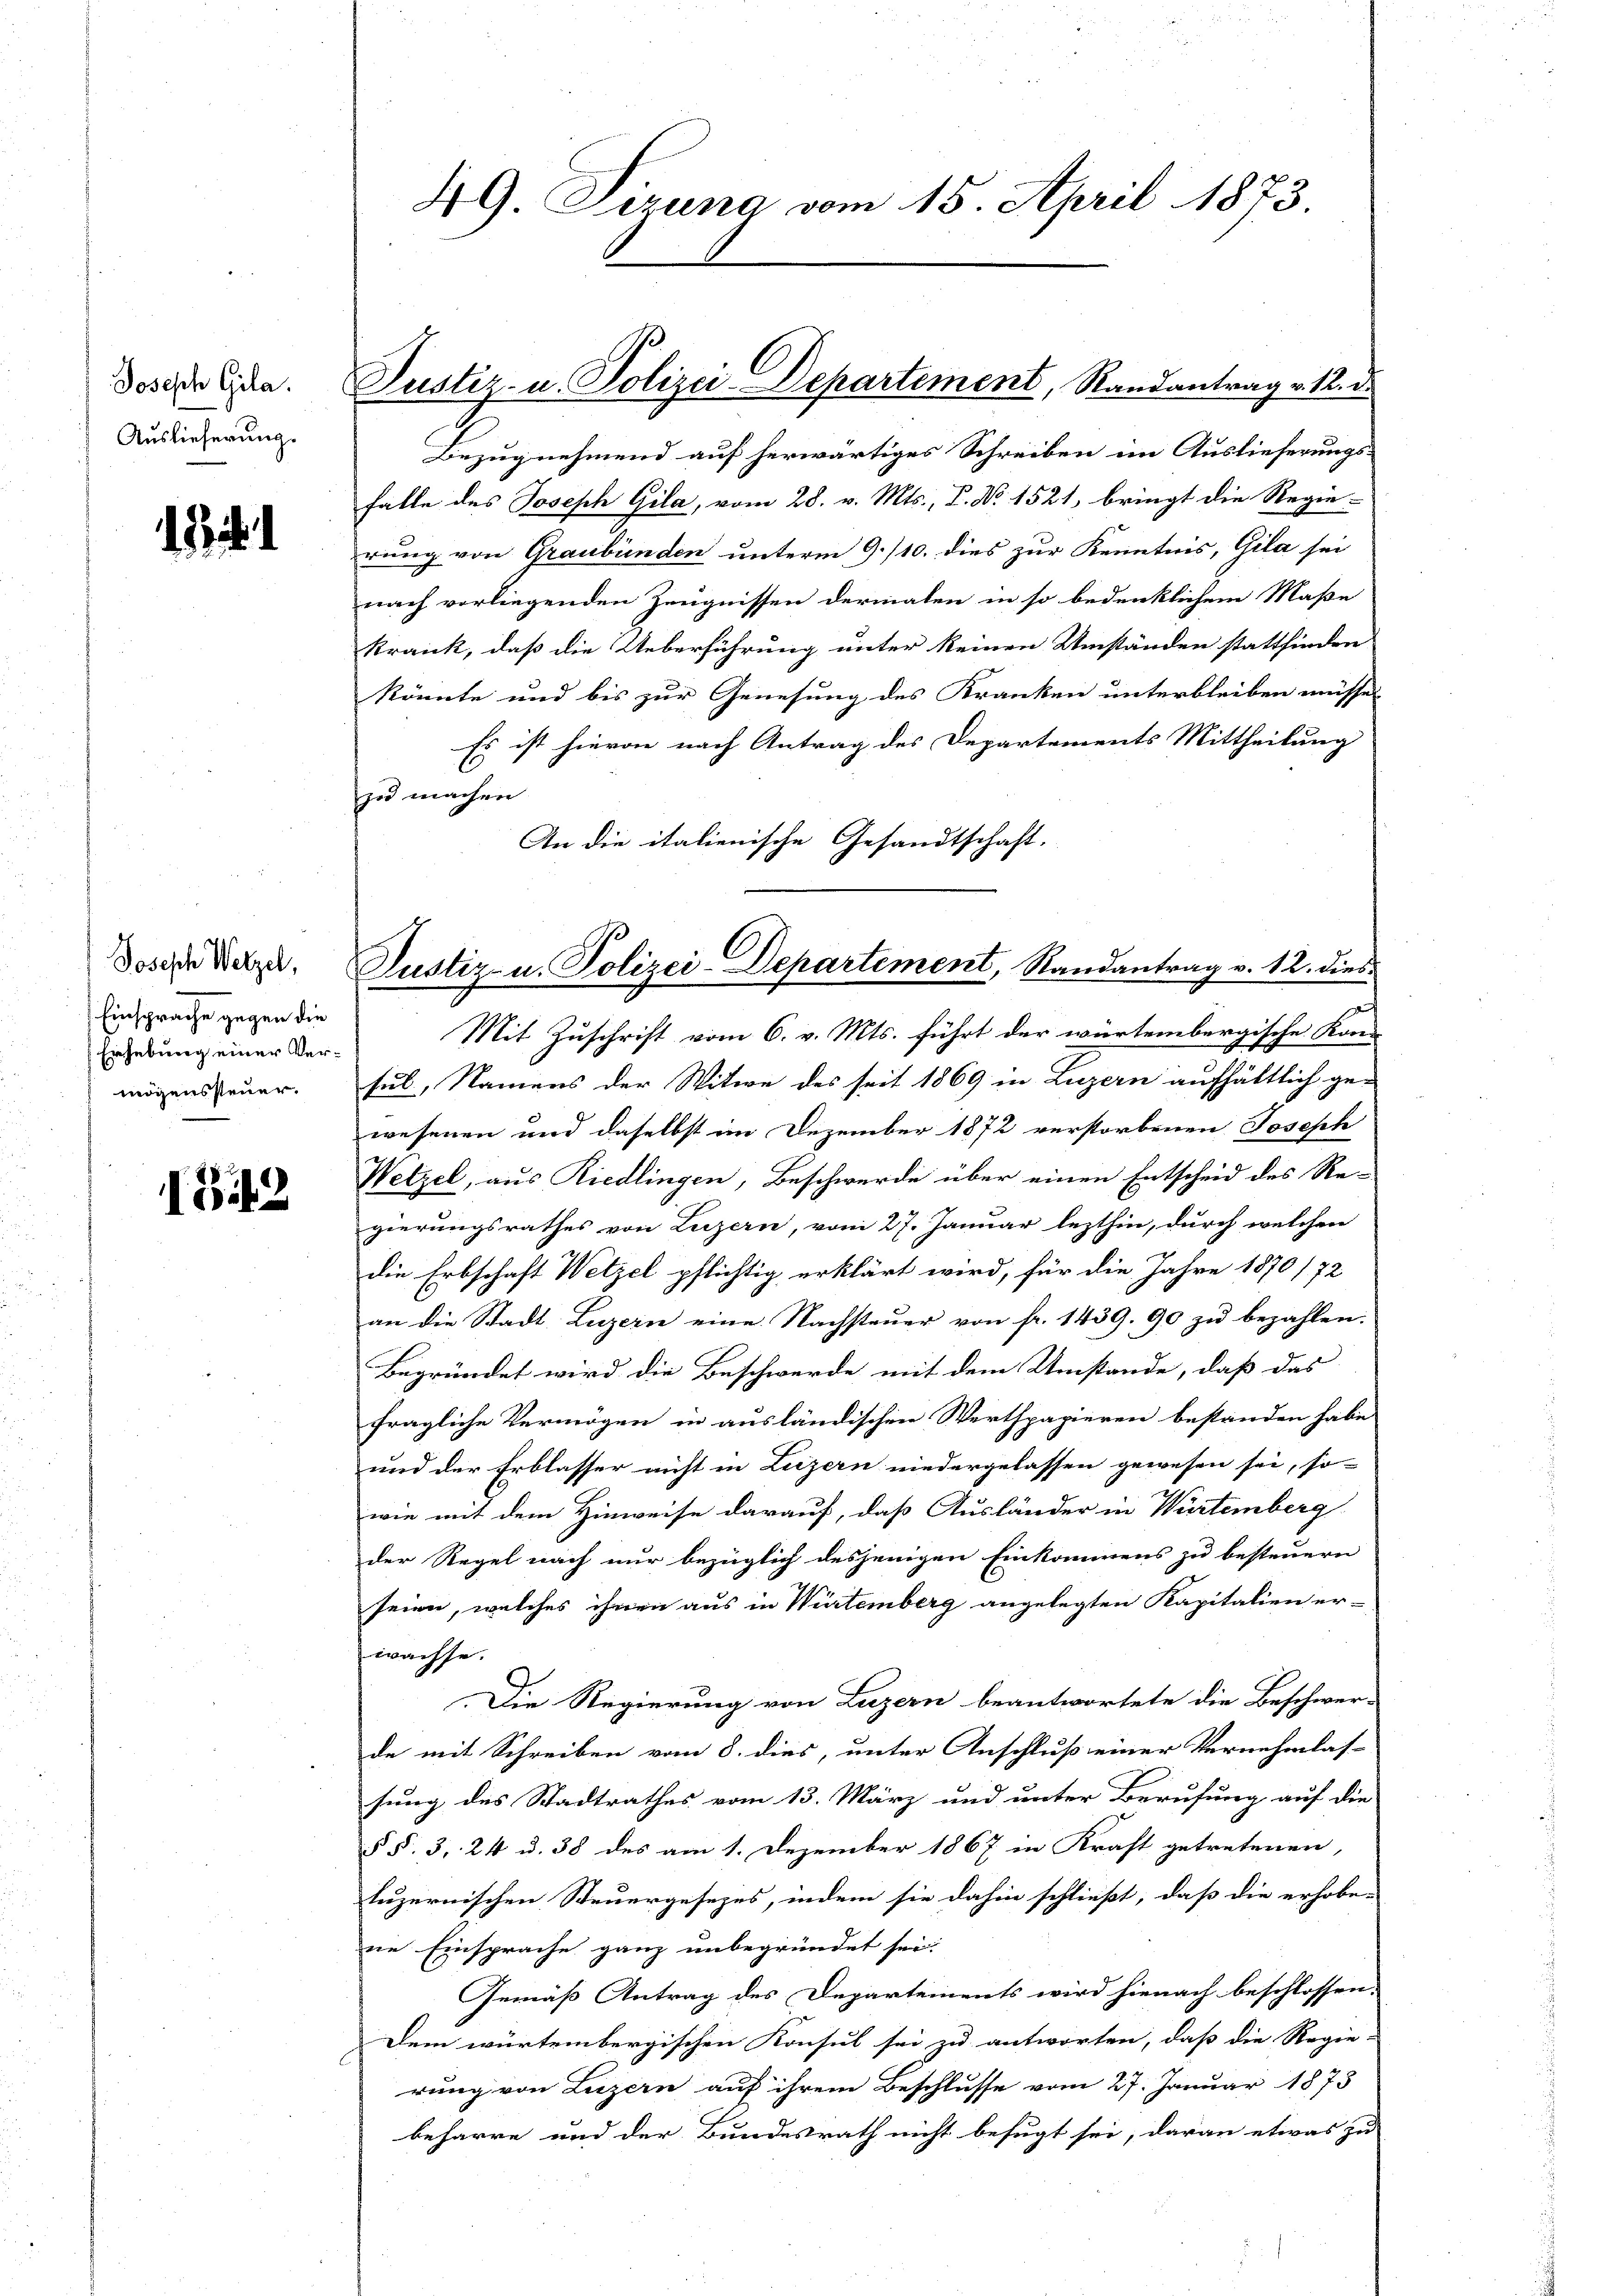
Joseph Gila.
Auslieferung.

d. i.

Joseph Wetzel,
Einsprache gegen die
Erhebung einer Vermögenssteuer.

1342

49. Siruna vom 15. April 1873.

Justiz- u. Polizei-Departement, Randantrag v. 12. d.

Bezug nehmend auf herwärtiges Schreiben im Auslieferungshatte des Joseph Gila, vom 28. v. Mts., P. Nr. 1521, bringt die Regie-
rung von Graubünden unterm 9./10. dies zur Kenntnis, Gila sei
nach vorliegenden Zeugnissen dermalen in so bedenklichem Maße
krank, daß die Ueberführung unter keinen Umständen stattfinden
könnte und bis zur Genesung des Kranken unterbleiben müsse,
Es ist hievon nach Antrag des Departements Mittheilung
zu machen
An die italienische Gesandtschaft.
Mit Zuschrift vom 6. v. Mts. führt der würtembergische Kon-
sul, Namens der Witwe des seit 1869 in Luzern aufhältlich ge-
wesenen und daselbst im Dezember 1872 verstorbenen Joseph
Wetzel, aus Riedlingen, Beschwerde über einen Entscheid des Regierungsrathes von Luzern, vom 27. Januar lezthin, durch welchen
die Erbschaft Wetzel pflichtig erklärt wird, für die Jahre 1870/72
an die Stadt Luzern eine Nachsteuer von fr. 1439. 90 zu bezahlen.
Begründet wird die Beschwerde mit dem Umstände, daß das
fragliche Vermögen in ausländischen Werthpapieren bestanden habe
und der Erblasser nicht in Luzern niedergelassen gewesen sei, so-
wie mit dem Hinweise darauf, daß Ausländer in Würtemberg
der Regel nach nur bezüglich desjenigen Einkommens zu besteuern
seien, welches ihnen aus in Würtemberg angelegten Kapitalien er-
wachse.
Die Regierung von Luzern beantwortete die Beschwer-
de mit Schreiben vom 8. dies, unter Anschluß einer Vernehmlas-
sung des Stadtrathes vom 13. März und unter Berufung auf die
§ §. 3, 24 u. 38 des am 1. Dezember 1867 in Kraft getretenen,
luzernischen Steuergesezes, indem sie dahin schließt, daß die erhobe-
ne Einsprache ganz unbegründet sei.
Gemäß Antrag des Departements wird hienach beschlossen:
Dem würtembergischen Konsul sei zu antworten, daß die Regie-
rung von Luzern auf ihrem Beschlusse vom 27. Januar 1873
beharre und der Bundesrath nicht befugt sei, daran etwas zu

Justiz- u. Polizei-Departement, Randantrag v. 12. dies